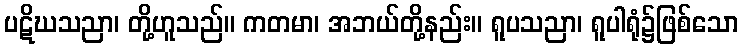
ပဋိဃသညာ၊ တို့ဟူသည်။ ကတမာ၊ အဘယ်တို့နည်း။ ရူပသညာ၊ ရူပါရုံ၌ဖြစ်သော